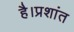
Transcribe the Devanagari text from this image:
है।प्रशांत